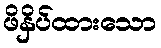
ဖိနှိပ်ထားသော